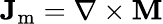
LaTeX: \mathbf{J}_{\mathrm{m}}=\nabla\times\mathbf{M}